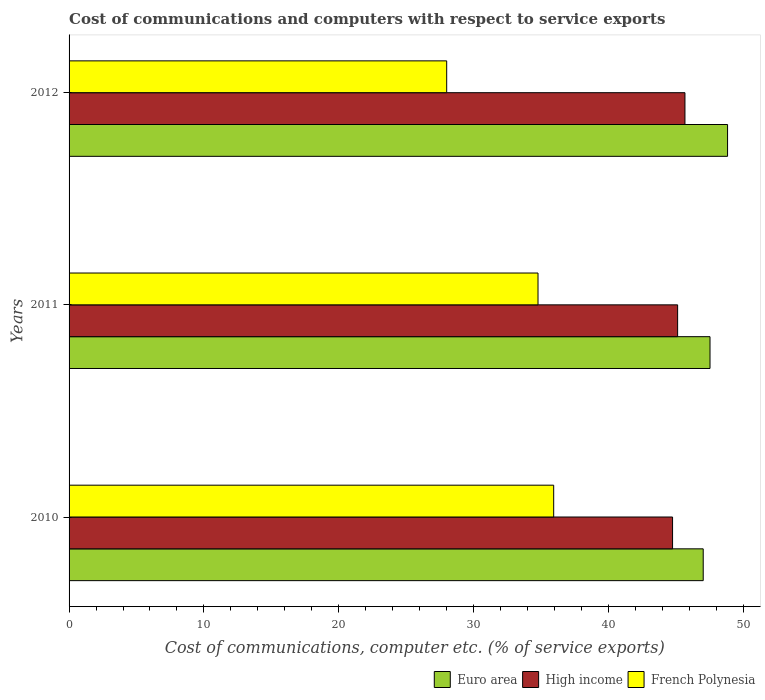
| Years | Euro area | High income | French Polynesia |
 | --- | --- | --- | --- |
 | 2010 | 47 | 44.8 | 35.9 |
 | 2011 | 47.5 | 45.1 | 34.8 |
 | 2012 | 48.8 | 45.7 | 28 |